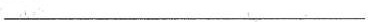
___